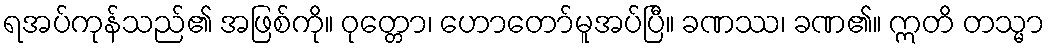
ရအပ်ကုန်သည်၏ အဖြစ်ကို။ ဝုတ္တော၊ ဟောတော်မူအပ်ပြီ။ ခဏဿ၊ ခဏ၏။ ဣတိ တသ္မာ